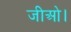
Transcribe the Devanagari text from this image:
जीओ।